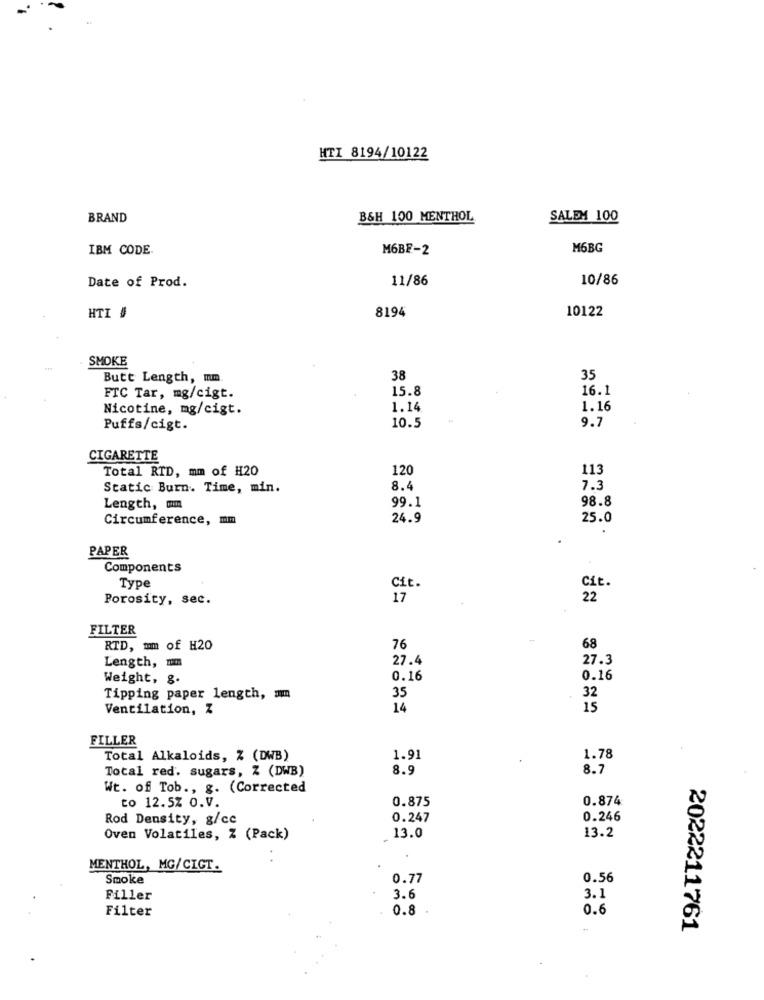
HTI 8194/10122
BRAND
B&H 100 MENTHOL
SALEM 100
IBM CODE.
M6BF-2
M6BG
11/86
10/86
Date of Prod.
10122
HTI #
8194
SMOKE
Butt Length, mm
38
35
15.8
16.1
FTC Tar, mg/cigt.
Nicotine, mg/cigt.
1.14
1.16
9.7
Puffs/cigt.
10.5
CIGARETTE
Total RTD, mm of #20
120
113
Static Burn. Time, min.
8.4
7.3
99.1
98.8
Length, mm
Circumference, mm
24.9
25.0
PAPER
Components
Cit.
Type
Cit.
Porosity, sec.
17
22
FILTER
RTD, mm of H20
76
68
Length, mm
27.4
27.3
Weight, g.
0.16
0.16
Tipping paper length, amm
35
32
Ventilation, Z
14
15
FILLER
Total Alkaloids, % (DWB)
1.91
1.78
Total red. sugars, Z (DWB)
8.9
8.7
Wt. of Tob ., g. (Corrected
to 12.5% O.V.
0.875
0.874
Rod Density, g/cc
0.247
0.246
13.2
Oven Volatiles, Z (Pack)
13.0
MENTHOL, MG/CIGT.
Smoke
0.77
0.56
Filler
3.6
3.1
Filter
0.8
0.6
2022211761